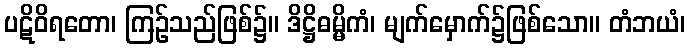
ပဋိဝိရတော၊ ကြဉ်သည်ဖြစ်၌။ ဒိဋ္ဌိဓမ္မိကံ၊ မျက်မှောက်၌ဖြစ်သော။ တံဘယံ၊